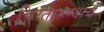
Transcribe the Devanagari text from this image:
चिरतारुण्याचे